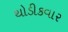
થોડીકવાર